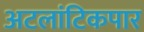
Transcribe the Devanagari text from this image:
अटलांटिकपार